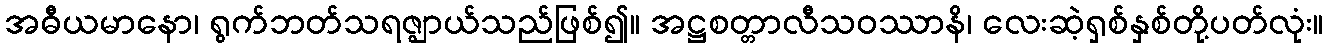
အဓီယမာနော၊ ရွက်ဘတ်သရဇ္ဈာယ်သည်ဖြစ်၍။ အဋ္ဌစတ္တာလီသဝဿာနိ၊ လေးဆဲ့ရှစ်နှစ်တို့ပတ်လုံး။